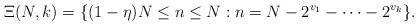
LaTeX: \begin{align*}\Xi(N,k)=\{(1-\eta)N\leq n\leq N:n=N-2^{v_{1}}-\cdots-2^{v_{k}}\}.\end{align*}